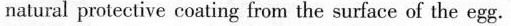
natural protective coating from the surface of the egg.